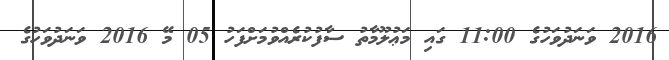
2016 ވަނަދުވަހުގެ 11:00 ގައި މަޢުލޫމާތު ސާފުކުރެއްވުމަށްފަހު 05 މޭ 2016 ވަނަދުވަހުގެ